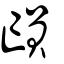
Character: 𠅳